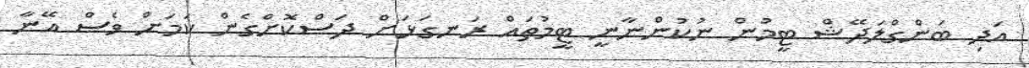
އަދި ބަންގްލަދޭޝް ޓީމުން ނުކުންނާނީ ޓީމުތައް ރަނގަޅަށް ދަސްކޮށްގެން ކަމަށް ވެސް އޭނާ